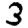
Digit: 3